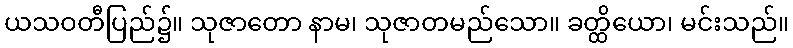
ယသဝတီပြည်၌။ သုဇာတော နာမ၊ သုဇာတမည်သော။ ခတ္ထိယော၊ မင်းသည်။